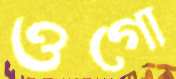
ওগো